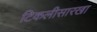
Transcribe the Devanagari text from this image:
टिकलीसारखा